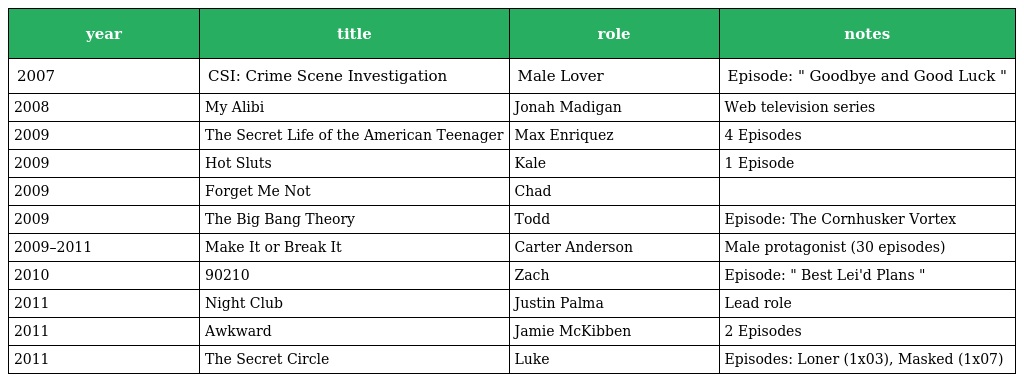
| year | title | role | notes |
 | --- | --- | --- | --- |
 | 2007 | CSI: Crime Scene Investigation | Male Lover | Episode: " Goodbye and Good Luck " |
 | 2008 | My Alibi | Jonah Madigan | Web television series |
 | 2009 | The Secret Life of the American Teenager | Max Enriquez | 4 Episodes |
 | 2009 | Hot Sluts | Kale | 1 Episode |
 | 2009 | Forget Me Not | Chad |  |
 | 2009 | The Big Bang Theory | Todd | Episode: The Cornhusker Vortex |
 | 2009–2011 | Make It or Break It | Carter Anderson | Male protagonist (30 episodes) |
 | 2010 | 90210 | Zach | Episode: " Best Lei'd Plans " |
 | 2011 | Night Club | Justin Palma | Lead role |
 | 2011 | Awkward | Jamie McKibben | 2 Episodes |
 | 2011 | The Secret Circle | Luke | Episodes: Loner (1x03), Masked (1x07) |